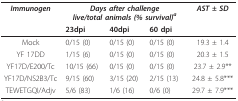
| Immunogen | <COLSPAN=3> Days after challengelive/total animals (% survival)a | AST ± SD |
 |  | 23dpi | 40dpi | 60 dpi |  |
 | --- | --- | --- | --- | --- |
 | Mock | 0/15 (0) | 0/15 (0) | 0/15 (0) | 19.3 ± 1.4 |
 | YF 17DD | 1/15 (6) | 0/15 (0) | 0/15 (0) | 20.3 ± 1.5 |
 | YF17D/E200/Tc | 10/15 (66) | 0/15 (0) | 0/15 (0) | 23.7 ± 2.9** |
 | YF17D/NS2B3/Tc | 9/15 (60) | 3/15 (20) | 2/15 (13) | 24.8 ± 5.8*** |
 | TEWETGQI/Adjv | 5/6 (83) | 1/6 (16) | 0/6 (0) | 29.7 ± 7.9*** |